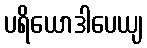
ပရိယောဒါပေယျ